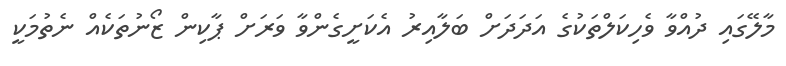
މާލޭގައި ދުއްވާ ވެހިކަލްތަކުގެ އަދަދަށް ބަލާއިރު އެކަށީގެންވާ ވަރަށް ޕާކިން ޒޯނުތަކެއް ނެތުމަކީ